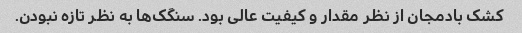
کشک بادمجان از نظر مقدار و کیفیت عالی بود. سنگک‌ها به نظر تازه نبودن.